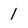
Character: 1